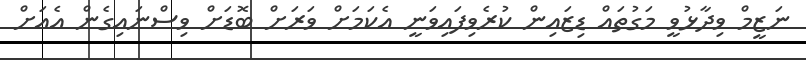
ނަޒީމް ވިދާޅުވީ މަގުތައް ޑިޒައިން ކުރެވިފައިވަނީ އެކަމަށް ވަރަށް ބޮޑަށް ވިސްނައިގެން އެއަށް